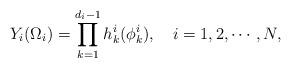
LaTeX: \begin{align*} Y_i(\Omega_i)=\prod_{k=1}^{d_i-1}h^i_k(\phi^i_k),~~~i=1,2,\cdots,N,\end{align*}